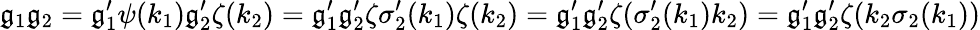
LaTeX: \mathfrak{g}_{1}\mathfrak{g}_{2}=\mathfrak{g}_{1}^{\prime}\psi(k_{1})\mathfrak{g}_{2}^{\prime}\zeta(k_{2})=\mathfrak{g}_{1}^{\prime}\mathfrak{g}_{2}^{\prime}\zeta\sigma_{2}^{\prime}(k_{1})\zeta(k_{2})=\mathfrak{g}_{1}^{\prime}\mathfrak{g}_{2}^{\prime}\zeta(\sigma_{2}^{\prime}(k_{1})k_{2})=\mathfrak{g}_{1}^{\prime}\mathfrak{g}_{2}^{\prime}\zeta(k_{2}\sigma_{2}(k_{1}))